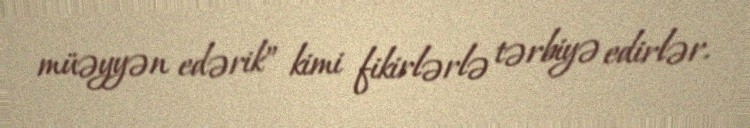
müəyyən edərik” kimi fikirlərlə tərbiyə edirlər.